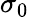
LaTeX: \sigma_{0}